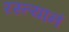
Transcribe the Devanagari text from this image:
रस्त्यानं